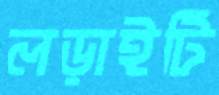
লড়াইটি